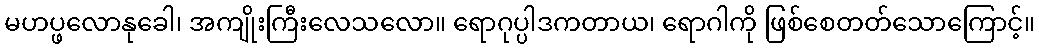
မဟပ္ဖလောနုခေါ၊ အကျိုးကြီးလေသလော။ ရောဂုပ္ပါဒကတာယ၊ ရောဂါကို ဖြစ်စေတတ်သောကြောင့်။